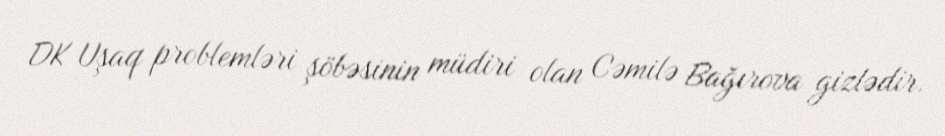
DK Uşaq problemləri şöbəsinin müdiri olan Cəmilə Bağırova gizlədir.